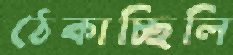
ঠেকাচ্ছিলি